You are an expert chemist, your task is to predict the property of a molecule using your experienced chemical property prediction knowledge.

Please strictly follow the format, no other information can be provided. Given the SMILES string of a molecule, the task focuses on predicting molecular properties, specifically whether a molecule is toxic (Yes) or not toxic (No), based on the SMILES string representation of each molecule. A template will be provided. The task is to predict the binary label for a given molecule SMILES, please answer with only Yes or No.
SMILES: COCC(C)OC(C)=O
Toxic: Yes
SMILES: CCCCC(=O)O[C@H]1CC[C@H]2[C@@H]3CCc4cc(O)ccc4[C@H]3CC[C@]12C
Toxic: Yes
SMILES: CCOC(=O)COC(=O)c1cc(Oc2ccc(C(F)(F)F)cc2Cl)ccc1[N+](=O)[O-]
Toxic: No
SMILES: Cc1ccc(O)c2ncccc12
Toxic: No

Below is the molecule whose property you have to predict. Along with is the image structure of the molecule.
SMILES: Clc1ccc([C@@H]2C[C@H]3CC[C@@H]2N3)cn1
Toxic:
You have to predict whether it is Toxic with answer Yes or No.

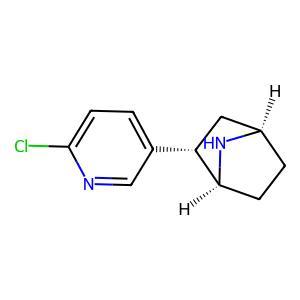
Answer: No